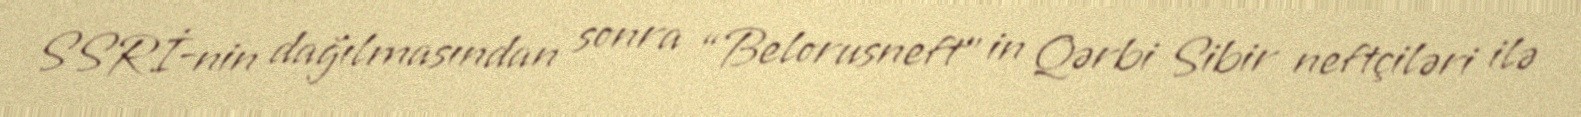
SSRİ-nin dağılmasından sonra “Belorusneft” in Qərbi Sibir neftçiləri ilə